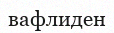
вафлиден